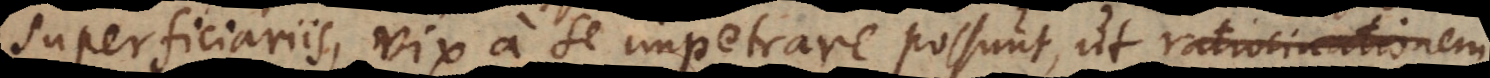
superficiariis, vix a se impetrare possunt, ut ratiocinationem